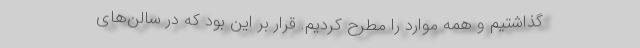
گذاشتیم و همه موارد را مطرح کردیم. قرار بر این بود که در سالن‌های